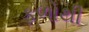
ફળોથી